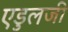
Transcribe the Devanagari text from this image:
एडुलजी